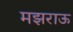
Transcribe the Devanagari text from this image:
मझराऊ